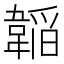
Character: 𮧲